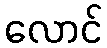
လောင်